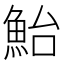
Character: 鮐